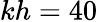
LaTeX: kh=40